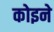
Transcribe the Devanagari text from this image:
कोइने